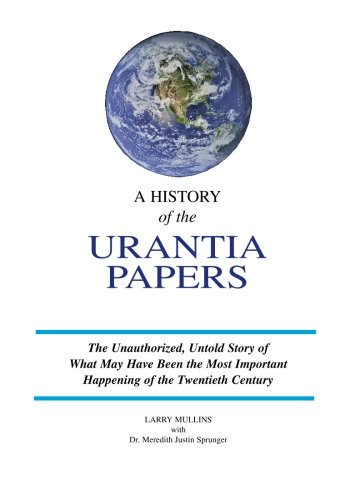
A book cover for A History of the Urantia Papers; Larry Mullins; Religion & Spirituality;